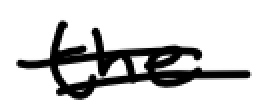
Text: the
Cross-out: double-line
Writing tool: digital_black